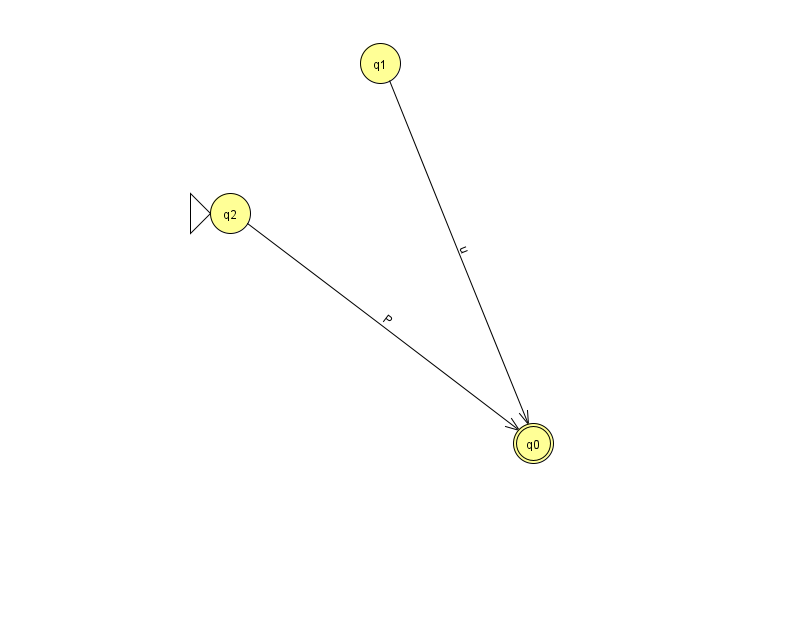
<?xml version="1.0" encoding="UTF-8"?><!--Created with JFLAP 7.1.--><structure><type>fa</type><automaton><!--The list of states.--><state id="0" name="q0"><x>533.0</x><y>430.0</y><final/></state><state id="1" name="q1"><x>380.0</x><y>50.0</y></state><state id="2" name="q2"><x>230.0</x><y>200.0</y><initial/></state><!--The list of transitions.--><transition><from>1</from><to>0</to><read>u</read></transition><transition><from>2</from><to>0</to><read>P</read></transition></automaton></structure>